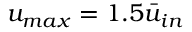
u _ { m a x } = 1 . 5 \bar { u } _ { i n }